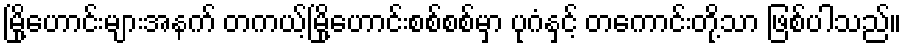
မြို့ဟောင်းများအနက် တကယ့်မြို့ဟောင်းစစ်စစ်မှာ ပုဂံနှင့် တကောင်းတို့သာ ဖြစ်ပါသည်။